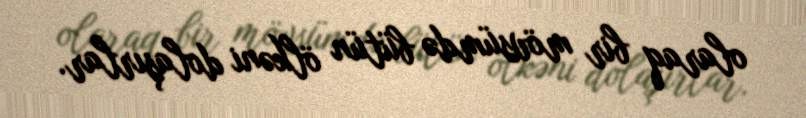
olaraq bir mövsümdə bütün ölkəni dolaşırlar.